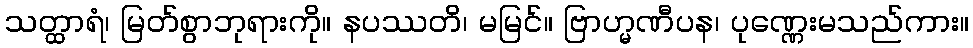
သတ္ထာရံ၊ မြတ်စွာဘုရားကို။ နပဿတိ၊ မမြင်။ ဗြာဟ္မဏီပန၊ ပုဏ္ဏေးမသည်ကား။